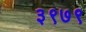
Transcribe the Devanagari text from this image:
३९७९